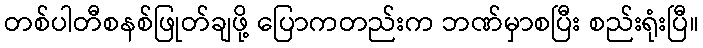
တစ်ပါတီစနစ်ဖြုတ်ချဖို့ ပြောကတည်းက ဘဏ်မှာစပြီး စည်းရုံးပြီ။